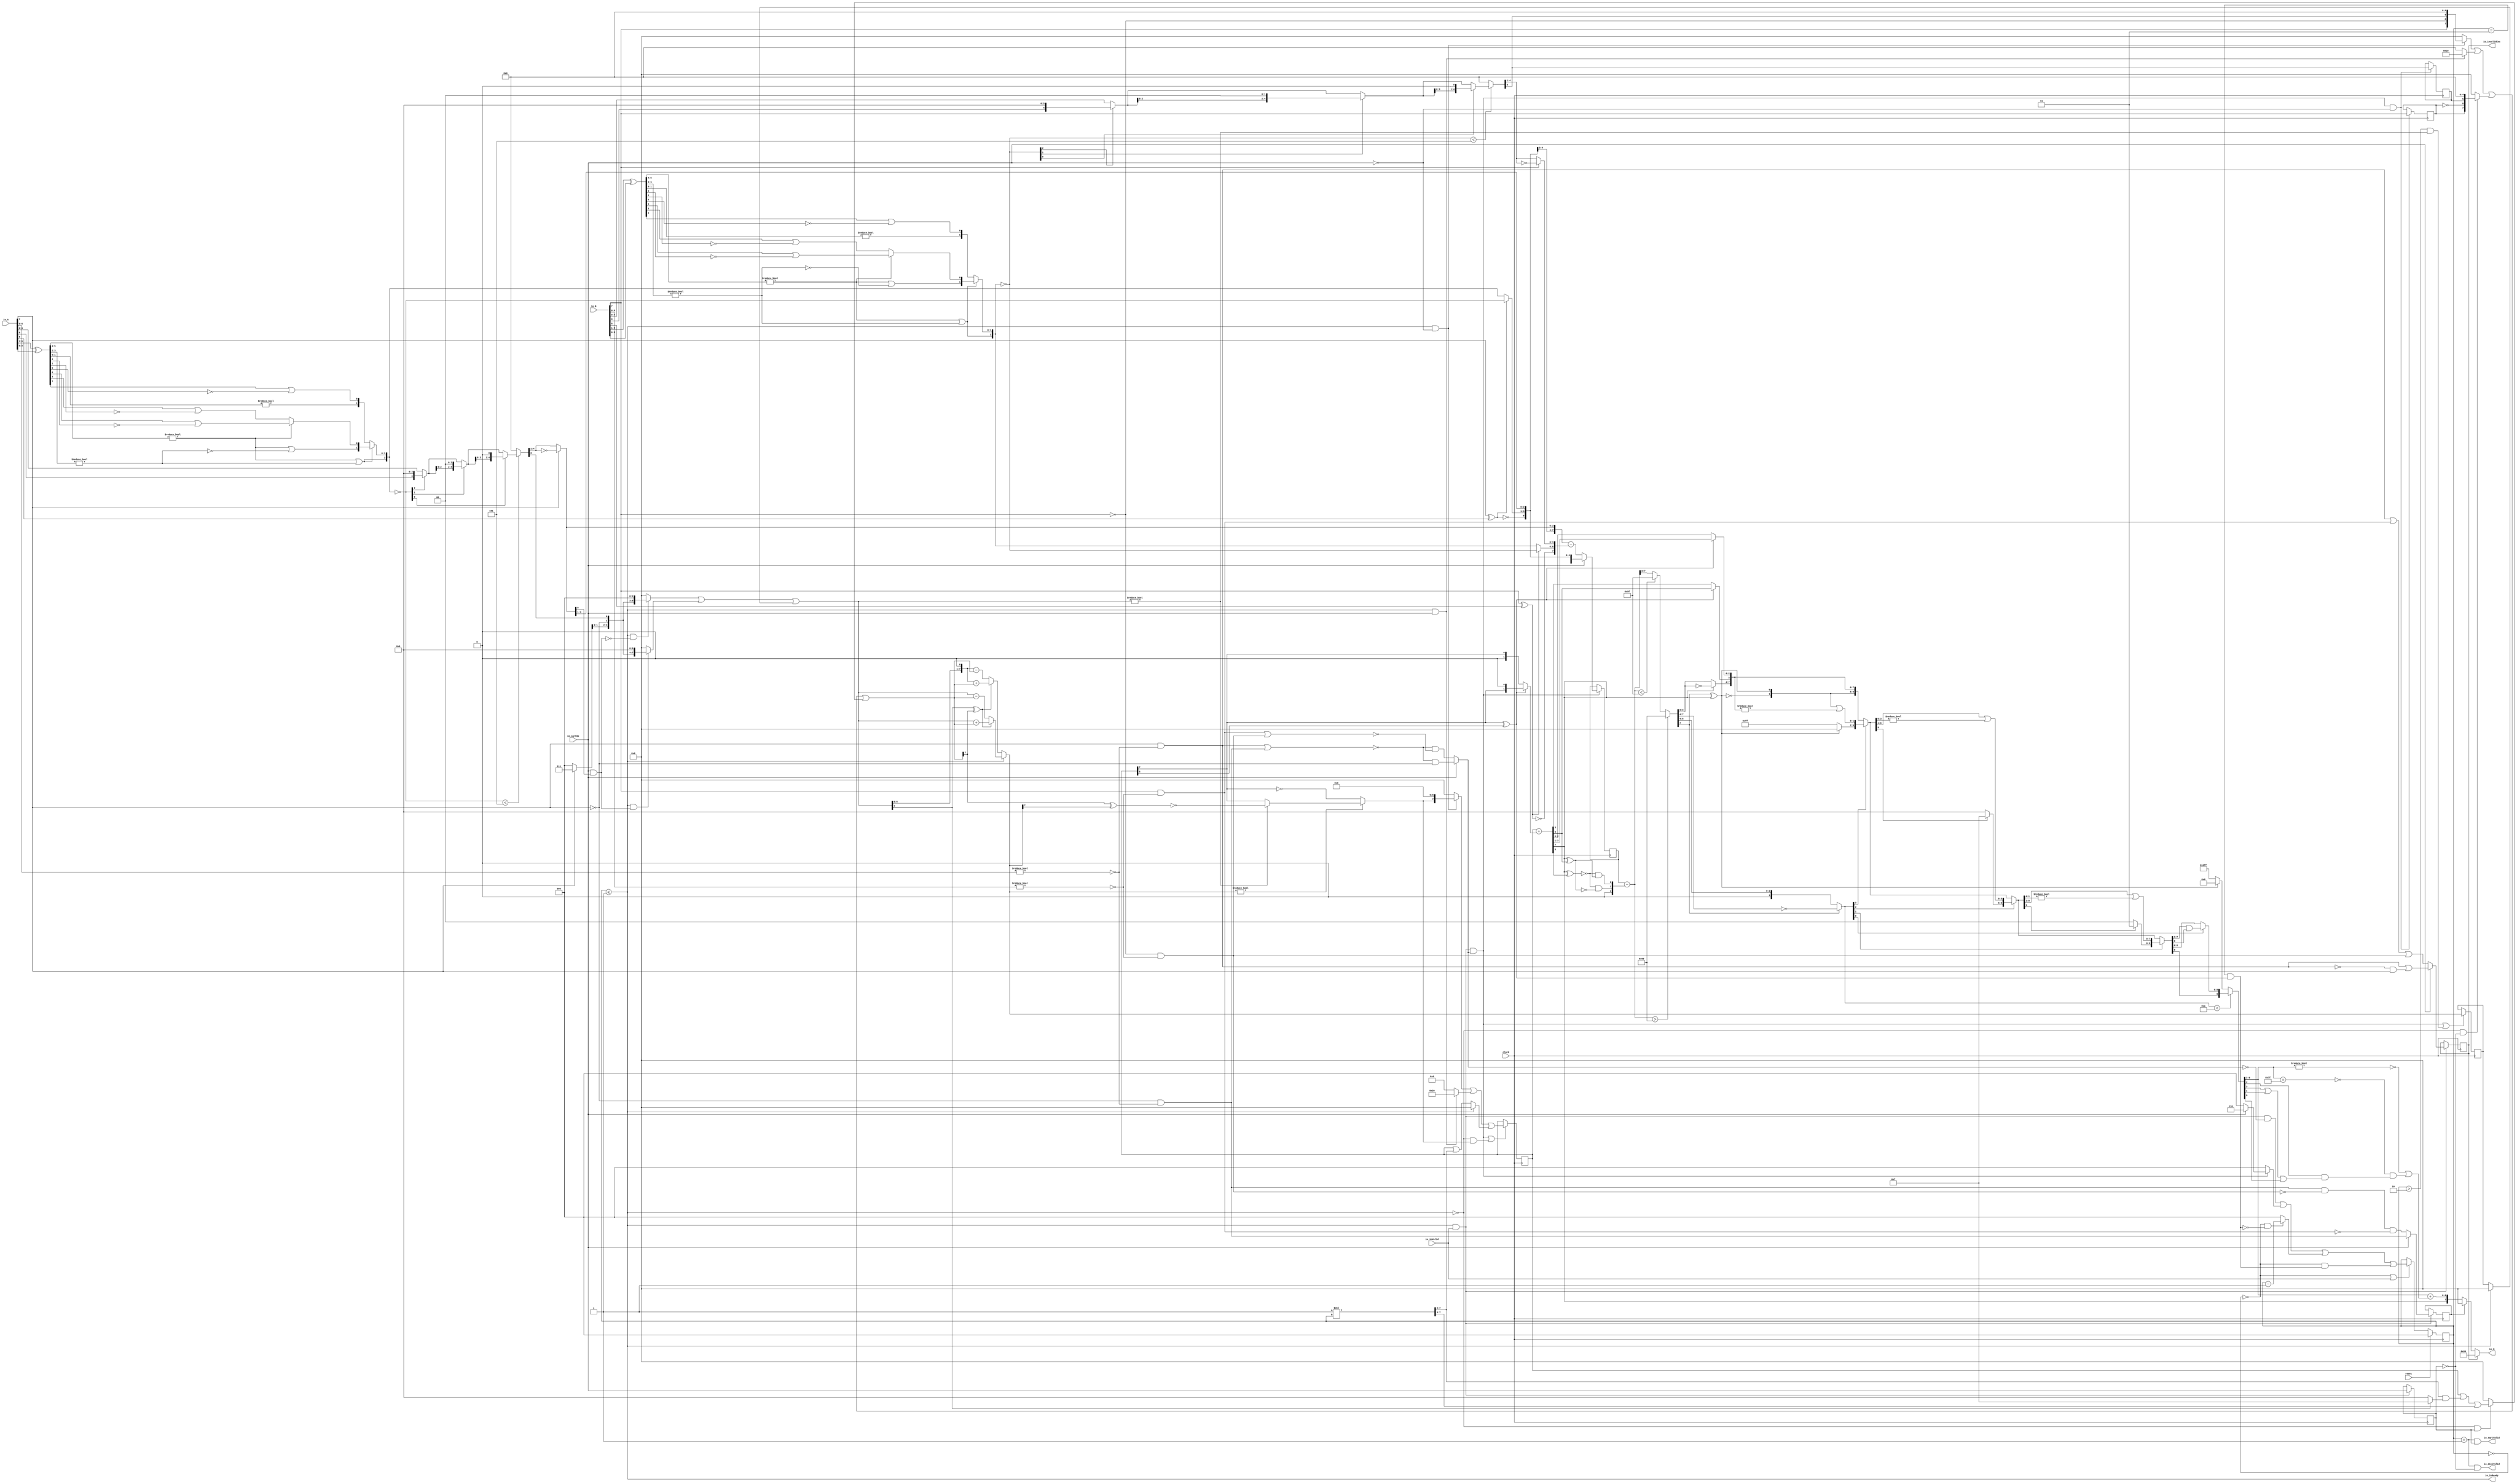
module PositDivSqrter8_4(
  input        clock,
  input        reset,
  output       io_inReady,
  input        io_inValid,
  input        io_sqrtOp,
  input  [7:0] io_A,
  input  [7:0] io_B,
  output       io_diviValid,
  output       io_sqrtValid,
  output       io_invalidExc,
  output [7:0] io_Q
);
  reg [2:0] cycleNum; // @[PositDivisionSqrt.scala 63:26]
  reg [31:0] _RAND_0;
  reg  sqrtOp_Z; // @[PositDivisionSqrt.scala 65:22]
  reg [31:0] _RAND_1;
  reg  isNaR_Z; // @[PositDivisionSqrt.scala 66:22]
  reg [31:0] _RAND_2;
  reg  isZero_Z; // @[PositDivisionSqrt.scala 67:22]
  reg [31:0] _RAND_3;
  reg [8:0] scale_Z; // @[PositDivisionSqrt.scala 68:22]
  reg [31:0] _RAND_4;
  reg  signB_Z; // @[PositDivisionSqrt.scala 69:28]
  reg [31:0] _RAND_5;
  reg  fractB_Z; // @[PositDivisionSqrt.scala 70:22]
  reg [31:0] _RAND_6;
  reg [7:0] rem_Z; // @[PositDivisionSqrt.scala 71:22]
  reg [31:0] _RAND_7;
  reg [7:0] sigX_Z; // @[PositDivisionSqrt.scala 72:22]
  reg [31:0] _RAND_8;
  wire  _T_1; // @[convert.scala 18:24]
  wire  _T_2; // @[convert.scala 18:40]
  wire  _T_3; // @[convert.scala 18:36]
  wire [5:0] _T_4; // @[convert.scala 19:24]
  wire [5:0] _T_5; // @[convert.scala 19:43]
  wire [5:0] _T_6; // @[convert.scala 19:39]
  wire [3:0] _T_7; // @[LZD.scala 43:32]
  wire [1:0] _T_8; // @[LZD.scala 43:32]
  wire  _T_9; // @[LZD.scala 39:14]
  wire  _T_10; // @[LZD.scala 39:21]
  wire  _T_11; // @[LZD.scala 39:30]
  wire  _T_12; // @[LZD.scala 39:27]
  wire  _T_13; // @[LZD.scala 39:25]
  wire [1:0] _T_14; // @[Cat.scala 29:58]
  wire [1:0] _T_15; // @[LZD.scala 44:32]
  wire  _T_16; // @[LZD.scala 39:14]
  wire  _T_17; // @[LZD.scala 39:21]
  wire  _T_18; // @[LZD.scala 39:30]
  wire  _T_19; // @[LZD.scala 39:27]
  wire  _T_20; // @[LZD.scala 39:25]
  wire [1:0] _T_21; // @[Cat.scala 29:58]
  wire  _T_22; // @[Shift.scala 12:21]
  wire  _T_23; // @[Shift.scala 12:21]
  wire  _T_24; // @[LZD.scala 49:16]
  wire  _T_25; // @[LZD.scala 49:27]
  wire  _T_26; // @[LZD.scala 49:25]
  wire  _T_27; // @[LZD.scala 49:47]
  wire  _T_28; // @[LZD.scala 49:59]
  wire  _T_29; // @[LZD.scala 49:35]
  wire [2:0] _T_31; // @[Cat.scala 29:58]
  wire [1:0] _T_32; // @[LZD.scala 44:32]
  wire  _T_33; // @[LZD.scala 39:14]
  wire  _T_34; // @[LZD.scala 39:21]
  wire  _T_35; // @[LZD.scala 39:30]
  wire  _T_36; // @[LZD.scala 39:27]
  wire  _T_37; // @[LZD.scala 39:25]
  wire [1:0] _T_38; // @[Cat.scala 29:58]
  wire  _T_39; // @[Shift.scala 12:21]
  wire [1:0] _T_41; // @[LZD.scala 55:32]
  wire [1:0] _T_42; // @[LZD.scala 55:20]
  wire [2:0] _T_43; // @[Cat.scala 29:58]
  wire [2:0] _T_44; // @[convert.scala 21:22]
  wire [4:0] _T_45; // @[convert.scala 22:36]
  wire  _T_46; // @[Shift.scala 16:24]
  wire  _T_48; // @[Shift.scala 12:21]
  wire  _T_49; // @[Shift.scala 64:52]
  wire [4:0] _T_51; // @[Cat.scala 29:58]
  wire [4:0] _T_52; // @[Shift.scala 64:27]
  wire [1:0] _T_53; // @[Shift.scala 66:70]
  wire  _T_54; // @[Shift.scala 12:21]
  wire [2:0] _T_55; // @[Shift.scala 64:52]
  wire [4:0] _T_57; // @[Cat.scala 29:58]
  wire [4:0] _T_58; // @[Shift.scala 64:27]
  wire  _T_59; // @[Shift.scala 66:70]
  wire [3:0] _T_61; // @[Shift.scala 64:52]
  wire [4:0] _T_62; // @[Cat.scala 29:58]
  wire [4:0] _T_63; // @[Shift.scala 64:27]
  wire [4:0] _T_64; // @[Shift.scala 16:10]
  wire [3:0] _T_65; // @[convert.scala 23:34]
  wire  decA_fraction; // @[convert.scala 24:34]
  wire  _T_67; // @[convert.scala 25:26]
  wire [2:0] _T_69; // @[convert.scala 25:42]
  wire [3:0] _T_72; // @[convert.scala 26:67]
  wire [3:0] _T_73; // @[convert.scala 26:51]
  wire [7:0] _T_74; // @[Cat.scala 29:58]
  wire [6:0] _T_76; // @[convert.scala 29:56]
  wire  _T_77; // @[convert.scala 29:60]
  wire  _T_78; // @[convert.scala 29:41]
  wire  decA_isNaR; // @[convert.scala 29:39]
  wire  _T_81; // @[convert.scala 30:19]
  wire  decA_isZero; // @[convert.scala 30:41]
  wire [7:0] decA_scale; // @[convert.scala 32:24]
  wire  _T_90; // @[convert.scala 18:24]
  wire  _T_91; // @[convert.scala 18:40]
  wire  _T_92; // @[convert.scala 18:36]
  wire [5:0] _T_93; // @[convert.scala 19:24]
  wire [5:0] _T_94; // @[convert.scala 19:43]
  wire [5:0] _T_95; // @[convert.scala 19:39]
  wire [3:0] _T_96; // @[LZD.scala 43:32]
  wire [1:0] _T_97; // @[LZD.scala 43:32]
  wire  _T_98; // @[LZD.scala 39:14]
  wire  _T_99; // @[LZD.scala 39:21]
  wire  _T_100; // @[LZD.scala 39:30]
  wire  _T_101; // @[LZD.scala 39:27]
  wire  _T_102; // @[LZD.scala 39:25]
  wire [1:0] _T_103; // @[Cat.scala 29:58]
  wire [1:0] _T_104; // @[LZD.scala 44:32]
  wire  _T_105; // @[LZD.scala 39:14]
  wire  _T_106; // @[LZD.scala 39:21]
  wire  _T_107; // @[LZD.scala 39:30]
  wire  _T_108; // @[LZD.scala 39:27]
  wire  _T_109; // @[LZD.scala 39:25]
  wire [1:0] _T_110; // @[Cat.scala 29:58]
  wire  _T_111; // @[Shift.scala 12:21]
  wire  _T_112; // @[Shift.scala 12:21]
  wire  _T_113; // @[LZD.scala 49:16]
  wire  _T_114; // @[LZD.scala 49:27]
  wire  _T_115; // @[LZD.scala 49:25]
  wire  _T_116; // @[LZD.scala 49:47]
  wire  _T_117; // @[LZD.scala 49:59]
  wire  _T_118; // @[LZD.scala 49:35]
  wire [2:0] _T_120; // @[Cat.scala 29:58]
  wire [1:0] _T_121; // @[LZD.scala 44:32]
  wire  _T_122; // @[LZD.scala 39:14]
  wire  _T_123; // @[LZD.scala 39:21]
  wire  _T_124; // @[LZD.scala 39:30]
  wire  _T_125; // @[LZD.scala 39:27]
  wire  _T_126; // @[LZD.scala 39:25]
  wire [1:0] _T_127; // @[Cat.scala 29:58]
  wire  _T_128; // @[Shift.scala 12:21]
  wire [1:0] _T_130; // @[LZD.scala 55:32]
  wire [1:0] _T_131; // @[LZD.scala 55:20]
  wire [2:0] _T_132; // @[Cat.scala 29:58]
  wire [2:0] _T_133; // @[convert.scala 21:22]
  wire [4:0] _T_134; // @[convert.scala 22:36]
  wire  _T_135; // @[Shift.scala 16:24]
  wire  _T_137; // @[Shift.scala 12:21]
  wire  _T_138; // @[Shift.scala 64:52]
  wire [4:0] _T_140; // @[Cat.scala 29:58]
  wire [4:0] _T_141; // @[Shift.scala 64:27]
  wire [1:0] _T_142; // @[Shift.scala 66:70]
  wire  _T_143; // @[Shift.scala 12:21]
  wire [2:0] _T_144; // @[Shift.scala 64:52]
  wire [4:0] _T_146; // @[Cat.scala 29:58]
  wire [4:0] _T_147; // @[Shift.scala 64:27]
  wire  _T_148; // @[Shift.scala 66:70]
  wire [3:0] _T_150; // @[Shift.scala 64:52]
  wire [4:0] _T_151; // @[Cat.scala 29:58]
  wire [4:0] _T_152; // @[Shift.scala 64:27]
  wire [4:0] _T_153; // @[Shift.scala 16:10]
  wire [3:0] _T_154; // @[convert.scala 23:34]
  wire  decB_fraction; // @[convert.scala 24:34]
  wire  _T_156; // @[convert.scala 25:26]
  wire [2:0] _T_158; // @[convert.scala 25:42]
  wire [3:0] _T_161; // @[convert.scala 26:67]
  wire [3:0] _T_162; // @[convert.scala 26:51]
  wire [7:0] _T_163; // @[Cat.scala 29:58]
  wire [6:0] _T_165; // @[convert.scala 29:56]
  wire  _T_166; // @[convert.scala 29:60]
  wire  _T_167; // @[convert.scala 29:41]
  wire  decB_isNaR; // @[convert.scala 29:39]
  wire  _T_170; // @[convert.scala 30:19]
  wire  decB_isZero; // @[convert.scala 30:41]
  wire [7:0] decB_scale; // @[convert.scala 32:24]
  wire [2:0] _T_179; // @[Bitwise.scala 71:12]
  wire  _T_180; // @[PositDivisionSqrt.scala 80:40]
  wire [7:0] sigA_S; // @[Cat.scala 29:58]
  wire  _T_183; // @[PositDivisionSqrt.scala 82:31]
  wire [7:0] sigB_S; // @[Cat.scala 29:58]
  wire  _T_186; // @[PositDivisionSqrt.scala 85:25]
  wire  invalidSqrt; // @[PositDivisionSqrt.scala 85:37]
  wire  _T_187; // @[PositDivisionSqrt.scala 88:42]
  wire  _T_188; // @[PositDivisionSqrt.scala 89:42]
  wire  _T_189; // @[PositDivisionSqrt.scala 89:56]
  wire  _T_190; // @[PositDivisionSqrt.scala 94:46]
  wire  _T_191; // @[PositDivisionSqrt.scala 94:43]
  wire  _T_192; // @[PositDivisionSqrt.scala 94:62]
  wire  _T_193; // @[PositDivisionSqrt.scala 94:59]
  wire  specialCaseA_S; // @[PositDivisionSqrt.scala 97:38]
  wire  specialCaseB_S; // @[PositDivisionSqrt.scala 98:38]
  wire  _T_194; // @[PositDivisionSqrt.scala 99:27]
  wire  _T_195; // @[PositDivisionSqrt.scala 99:46]
  wire  normalCase_S_div; // @[PositDivisionSqrt.scala 99:43]
  wire  normalCase_S_sqrt; // @[PositDivisionSqrt.scala 100:43]
  wire  normalCase_S; // @[PositDivisionSqrt.scala 101:30]
  wire [8:0] sExpQuot_S_div; // @[PositDivisionSqrt.scala 103:38]
  wire  _T_198; // @[PositDivisionSqrt.scala 104:50]
  wire  oddSqrt_S; // @[PositDivisionSqrt.scala 104:37]
  wire  idle; // @[PositDivisionSqrt.scala 109:39]
  wire  ready; // @[PositDivisionSqrt.scala 110:39]
  wire  entering; // @[PositDivisionSqrt.scala 111:35]
  wire  entering_normalCase; // @[PositDivisionSqrt.scala 112:38]
  wire  _T_199; // @[PositDivisionSqrt.scala 113:35]
  wire  _T_200; // @[PositDivisionSqrt.scala 113:58]
  wire  scaleNotChange; // @[PositDivisionSqrt.scala 113:50]
  wire  _T_201; // @[PositDivisionSqrt.scala 114:39]
  wire  skipCycle2; // @[PositDivisionSqrt.scala 114:48]
  wire  _T_202; // @[PositDivisionSqrt.scala 116:8]
  wire  _T_203; // @[PositDivisionSqrt.scala 116:14]
  wire  _T_204; // @[PositDivisionSqrt.scala 117:32]
  wire  _T_205; // @[PositDivisionSqrt.scala 117:30]
  wire [3:0] _T_207; // @[PositDivisionSqrt.scala 119:26]
  wire [3:0] _T_208; // @[PositDivisionSqrt.scala 118:20]
  wire [3:0] _GEN_9; // @[PositDivisionSqrt.scala 117:64]
  wire [3:0] _T_209; // @[PositDivisionSqrt.scala 117:64]
  wire  _T_211; // @[PositDivisionSqrt.scala 123:30]
  wire  _T_212; // @[PositDivisionSqrt.scala 123:27]
  wire [2:0] _T_214; // @[PositDivisionSqrt.scala 123:52]
  wire [2:0] _T_215; // @[PositDivisionSqrt.scala 123:20]
  wire [3:0] _GEN_10; // @[PositDivisionSqrt.scala 122:64]
  wire [3:0] _T_216; // @[PositDivisionSqrt.scala 122:64]
  wire  _T_218; // @[PositDivisionSqrt.scala 124:27]
  wire [3:0] _GEN_11; // @[PositDivisionSqrt.scala 123:64]
  wire [3:0] _T_220; // @[PositDivisionSqrt.scala 123:64]
  wire [3:0] _GEN_0; // @[PositDivisionSqrt.scala 116:29]
  wire [6:0] _T_221; // @[PositDivisionSqrt.scala 134:42]
  wire  _T_223; // @[PositDivisionSqrt.scala 137:31]
  wire  _T_224; // @[PositDivisionSqrt.scala 137:28]
  wire [7:0] _T_225; // @[PositDivisionSqrt.scala 146:22]
  wire [5:0] _T_226; // @[PositDivisionSqrt.scala 146:35]
  wire  _T_227; // @[PositDivisionSqrt.scala 148:26]
  wire  _T_228; // @[PositDivisionSqrt.scala 148:23]
  wire [7:0] _T_229; // @[PositDivisionSqrt.scala 148:16]
  wire  _T_230; // @[PositDivisionSqrt.scala 149:23]
  wire [8:0] _T_231; // @[PositDivisionSqrt.scala 149:46]
  wire [7:0] _T_232; // @[PositDivisionSqrt.scala 149:56]
  wire [7:0] _T_233; // @[PositDivisionSqrt.scala 149:16]
  wire [7:0] _T_234; // @[PositDivisionSqrt.scala 148:66]
  wire  _T_235; // @[PositDivisionSqrt.scala 150:17]
  wire [7:0] _T_236; // @[PositDivisionSqrt.scala 150:16]
  wire [7:0] rem; // @[PositDivisionSqrt.scala 149:66]
  wire  _T_238; // @[PositDivisionSqrt.scala 152:29]
  wire [7:0] _T_239; // @[PositDivisionSqrt.scala 152:22]
  wire  _T_240; // @[PositDivisionSqrt.scala 153:29]
  wire [4:0] _T_241; // @[PositDivisionSqrt.scala 153:22]
  wire [7:0] _GEN_12; // @[PositDivisionSqrt.scala 152:93]
  wire [7:0] _T_242; // @[PositDivisionSqrt.scala 152:93]
  wire  _T_244; // @[PositDivisionSqrt.scala 154:33]
  wire  _T_245; // @[PositDivisionSqrt.scala 154:30]
  wire  _T_246; // @[PositDivisionSqrt.scala 154:57]
  wire [7:0] _T_249; // @[Cat.scala 29:58]
  wire [7:0] _T_250; // @[PositDivisionSqrt.scala 154:22]
  wire [7:0] _T_251; // @[PositDivisionSqrt.scala 153:93]
  wire  _T_253; // @[PositDivisionSqrt.scala 155:30]
  wire  _T_254; // @[PositDivisionSqrt.scala 156:83]
  wire [3:0] _T_256; // @[Bitwise.scala 71:12]
  wire [6:0] bitMask; // @[PositDivisionSqrt.scala 145:21 PositDivisionSqrt.scala 146:14]
  wire [6:0] _GEN_13; // @[PositDivisionSqrt.scala 156:53]
  wire [6:0] _T_257; // @[PositDivisionSqrt.scala 156:53]
  wire [7:0] _GEN_14; // @[PositDivisionSqrt.scala 155:51]
  wire [7:0] _T_258; // @[PositDivisionSqrt.scala 155:51]
  wire [5:0] _T_259; // @[PositDivisionSqrt.scala 157:53]
  wire [7:0] _GEN_15; // @[PositDivisionSqrt.scala 156:89]
  wire [7:0] _T_260; // @[PositDivisionSqrt.scala 156:89]
  wire [7:0] _T_261; // @[PositDivisionSqrt.scala 155:22]
  wire [7:0] trialTerm; // @[PositDivisionSqrt.scala 154:93]
  wire  _T_263; // @[PositDivisionSqrt.scala 162:56]
  wire  _T_264; // @[PositDivisionSqrt.scala 162:40]
  wire [7:0] _T_267; // @[PositDivisionSqrt.scala 163:97]
  wire [7:0] _T_269; // @[PositDivisionSqrt.scala 164:97]
  wire [7:0] _T_270; // @[PositDivisionSqrt.scala 161:92]
  wire [8:0] _T_275; // @[PositDivisionSqrt.scala 168:98]
  wire [7:0] _T_276; // @[PositDivisionSqrt.scala 168:108]
  wire [7:0] _T_278; // @[PositDivisionSqrt.scala 168:112]
  wire [7:0] _T_282; // @[PositDivisionSqrt.scala 169:112]
  wire [7:0] _T_283; // @[PositDivisionSqrt.scala 166:26]
  wire [7:0] trialRem; // @[PositDivisionSqrt.scala 159:27]
  wire  _T_284; // @[PositDivisionSqrt.scala 173:35]
  wire  trIsZero; // @[PositDivisionSqrt.scala 173:25]
  wire  _T_285; // @[PositDivisionSqrt.scala 174:30]
  wire  remIsZero; // @[PositDivisionSqrt.scala 174:25]
  wire  _T_287; // @[PositDivisionSqrt.scala 176:64]
  wire  _T_288; // @[PositDivisionSqrt.scala 176:49]
  wire  _T_289; // @[PositDivisionSqrt.scala 176:29]
  wire  _T_290; // @[PositDivisionSqrt.scala 178:61]
  wire  _T_291; // @[PositDivisionSqrt.scala 178:49]
  wire  _T_293; // @[Mux.scala 87:16]
  wire  newBit; // @[Mux.scala 87:16]
  wire  _T_294; // @[PositDivisionSqrt.scala 183:41]
  wire  _T_295; // @[PositDivisionSqrt.scala 183:51]
  wire  _T_296; // @[PositDivisionSqrt.scala 183:48]
  wire  _T_297; // @[PositDivisionSqrt.scala 183:28]
  wire  _T_300; // @[PositDivisionSqrt.scala 187:39]
  wire  _T_301; // @[PositDivisionSqrt.scala 187:28]
  wire [7:0] _T_304; // @[PositDivisionSqrt.scala 188:47]
  wire [7:0] _T_305; // @[PositDivisionSqrt.scala 188:18]
  wire [5:0] _T_307; // @[PositDivisionSqrt.scala 189:18]
  wire [7:0] _GEN_16; // @[PositDivisionSqrt.scala 188:78]
  wire [7:0] _T_308; // @[PositDivisionSqrt.scala 188:78]
  wire [7:0] _GEN_17; // @[PositDivisionSqrt.scala 190:47]
  wire [7:0] _T_310; // @[PositDivisionSqrt.scala 190:47]
  wire [7:0] _T_311; // @[PositDivisionSqrt.scala 190:18]
  wire [7:0] _T_312; // @[PositDivisionSqrt.scala 189:78]
  wire [1:0] _T_314; // @[PositDivisionSqrt.scala 196:53]
  wire [1:0] sigXBias; // @[PositDivisionSqrt.scala 196:21]
  wire [7:0] _GEN_18; // @[PositDivisionSqrt.scala 197:25]
  wire [7:0] realSigX; // @[PositDivisionSqrt.scala 197:25]
  wire  _T_317; // @[PositDivisionSqrt.scala 200:97]
  wire  _T_318; // @[PositDivisionSqrt.scala 201:97]
  wire  realFrac; // @[PositDivisionSqrt.scala 198:21]
  wire  _T_319; // @[PositDivisionSqrt.scala 205:33]
  wire  _T_320; // @[PositDivisionSqrt.scala 205:58]
  wire  _T_321; // @[PositDivisionSqrt.scala 205:48]
  wire  scaleNeedSub; // @[PositDivisionSqrt.scala 205:23]
  wire  notNeedSubTwo; // @[PositDivisionSqrt.scala 206:46]
  wire  scaleSubOne; // @[PositDivisionSqrt.scala 207:36]
  wire  _T_324; // @[PositDivisionSqrt.scala 208:38]
  wire  scaleSubTwo; // @[PositDivisionSqrt.scala 208:36]
  wire [1:0] _T_325; // @[Cat.scala 29:58]
  wire [2:0] _T_326; // @[PositDivisionSqrt.scala 209:63]
  wire [8:0] _GEN_19; // @[PositDivisionSqrt.scala 209:31]
  wire [8:0] _T_328; // @[PositDivisionSqrt.scala 209:31]
  wire [8:0] realExp; // @[PositDivisionSqrt.scala 209:31]
  wire  underflow; // @[PositDivisionSqrt.scala 210:31]
  wire  overflow; // @[PositDivisionSqrt.scala 211:31]
  wire  decQ_sign; // @[PositDivisionSqrt.scala 215:33]
  wire [8:0] _T_330; // @[Mux.scala 87:16]
  wire [8:0] _T_331; // @[Mux.scala 87:16]
  wire [2:0] _T_332; // @[PositDivisionSqrt.scala 224:48]
  wire [2:0] _T_333; // @[PositDivisionSqrt.scala 224:64]
  wire [2:0] decQ_grs; // @[PositDivisionSqrt.scala 224:23]
  wire  outValid; // @[PositDivisionSqrt.scala 229:28]
  wire [7:0] _GEN_20; // @[PositDivisionSqrt.scala 204:27 PositDivisionSqrt.scala 216:23]
  wire [7:0] decQ_scale; // @[PositDivisionSqrt.scala 204:27 PositDivisionSqrt.scala 216:23]
  wire [3:0] _T_339; // @[convert.scala 46:61]
  wire [3:0] _T_340; // @[convert.scala 46:52]
  wire [3:0] _T_342; // @[convert.scala 46:42]
  wire [3:0] _T_343; // @[convert.scala 48:34]
  wire  _T_344; // @[convert.scala 49:36]
  wire [3:0] _T_346; // @[convert.scala 50:36]
  wire [3:0] _T_347; // @[convert.scala 50:36]
  wire [3:0] _T_348; // @[convert.scala 50:28]
  wire  _T_349; // @[convert.scala 51:31]
  wire  _T_350; // @[convert.scala 52:43]
  wire [9:0] _T_354; // @[Cat.scala 29:58]
  wire [3:0] _T_355; // @[Shift.scala 39:17]
  wire  _T_356; // @[Shift.scala 39:24]
  wire [1:0] _T_358; // @[Shift.scala 90:30]
  wire [7:0] _T_359; // @[Shift.scala 90:48]
  wire  _T_360; // @[Shift.scala 90:57]
  wire [1:0] _GEN_21; // @[Shift.scala 90:39]
  wire [1:0] _T_361; // @[Shift.scala 90:39]
  wire  _T_362; // @[Shift.scala 12:21]
  wire  _T_363; // @[Shift.scala 12:21]
  wire [7:0] _T_365; // @[Bitwise.scala 71:12]
  wire [9:0] _T_366; // @[Cat.scala 29:58]
  wire [9:0] _T_367; // @[Shift.scala 91:22]
  wire [2:0] _T_368; // @[Shift.scala 92:77]
  wire [5:0] _T_369; // @[Shift.scala 90:30]
  wire [3:0] _T_370; // @[Shift.scala 90:48]
  wire  _T_371; // @[Shift.scala 90:57]
  wire [5:0] _GEN_22; // @[Shift.scala 90:39]
  wire [5:0] _T_372; // @[Shift.scala 90:39]
  wire  _T_373; // @[Shift.scala 12:21]
  wire  _T_374; // @[Shift.scala 12:21]
  wire [3:0] _T_376; // @[Bitwise.scala 71:12]
  wire [9:0] _T_377; // @[Cat.scala 29:58]
  wire [9:0] _T_378; // @[Shift.scala 91:22]
  wire [1:0] _T_379; // @[Shift.scala 92:77]
  wire [7:0] _T_380; // @[Shift.scala 90:30]
  wire [1:0] _T_381; // @[Shift.scala 90:48]
  wire  _T_382; // @[Shift.scala 90:57]
  wire [7:0] _GEN_23; // @[Shift.scala 90:39]
  wire [7:0] _T_383; // @[Shift.scala 90:39]
  wire  _T_384; // @[Shift.scala 12:21]
  wire  _T_385; // @[Shift.scala 12:21]
  wire [1:0] _T_387; // @[Bitwise.scala 71:12]
  wire [9:0] _T_388; // @[Cat.scala 29:58]
  wire [9:0] _T_389; // @[Shift.scala 91:22]
  wire  _T_390; // @[Shift.scala 92:77]
  wire [8:0] _T_391; // @[Shift.scala 90:30]
  wire  _T_392; // @[Shift.scala 90:48]
  wire [8:0] _GEN_24; // @[Shift.scala 90:39]
  wire [8:0] _T_394; // @[Shift.scala 90:39]
  wire  _T_396; // @[Shift.scala 12:21]
  wire [9:0] _T_397; // @[Cat.scala 29:58]
  wire [9:0] _T_398; // @[Shift.scala 91:22]
  wire [9:0] _T_401; // @[Bitwise.scala 71:12]
  wire [9:0] _T_402; // @[Shift.scala 39:10]
  wire  _T_403; // @[convert.scala 55:31]
  wire  _T_404; // @[convert.scala 56:31]
  wire  _T_405; // @[convert.scala 57:31]
  wire  _T_406; // @[convert.scala 58:31]
  wire [6:0] _T_407; // @[convert.scala 59:69]
  wire  _T_408; // @[convert.scala 59:81]
  wire  _T_409; // @[convert.scala 59:50]
  wire  _T_411; // @[convert.scala 60:81]
  wire  _T_412; // @[convert.scala 61:44]
  wire  _T_413; // @[convert.scala 61:52]
  wire  _T_414; // @[convert.scala 61:36]
  wire  _T_415; // @[convert.scala 62:63]
  wire  _T_416; // @[convert.scala 62:103]
  wire  _T_417; // @[convert.scala 62:60]
  wire [6:0] _GEN_25; // @[convert.scala 63:56]
  wire [6:0] _T_420; // @[convert.scala 63:56]
  wire [7:0] _T_421; // @[Cat.scala 29:58]
  wire [7:0] _T_423; // @[Mux.scala 87:16]
  assign _T_1 = io_A[7]; // @[convert.scala 18:24]
  assign _T_2 = io_A[6]; // @[convert.scala 18:40]
  assign _T_3 = _T_1 ^ _T_2; // @[convert.scala 18:36]
  assign _T_4 = io_A[6:1]; // @[convert.scala 19:24]
  assign _T_5 = io_A[5:0]; // @[convert.scala 19:43]
  assign _T_6 = _T_4 ^ _T_5; // @[convert.scala 19:39]
  assign _T_7 = _T_6[5:2]; // @[LZD.scala 43:32]
  assign _T_8 = _T_7[3:2]; // @[LZD.scala 43:32]
  assign _T_9 = _T_8 != 2'h0; // @[LZD.scala 39:14]
  assign _T_10 = _T_8[1]; // @[LZD.scala 39:21]
  assign _T_11 = _T_8[0]; // @[LZD.scala 39:30]
  assign _T_12 = ~ _T_11; // @[LZD.scala 39:27]
  assign _T_13 = _T_10 | _T_12; // @[LZD.scala 39:25]
  assign _T_14 = {_T_9,_T_13}; // @[Cat.scala 29:58]
  assign _T_15 = _T_7[1:0]; // @[LZD.scala 44:32]
  assign _T_16 = _T_15 != 2'h0; // @[LZD.scala 39:14]
  assign _T_17 = _T_15[1]; // @[LZD.scala 39:21]
  assign _T_18 = _T_15[0]; // @[LZD.scala 39:30]
  assign _T_19 = ~ _T_18; // @[LZD.scala 39:27]
  assign _T_20 = _T_17 | _T_19; // @[LZD.scala 39:25]
  assign _T_21 = {_T_16,_T_20}; // @[Cat.scala 29:58]
  assign _T_22 = _T_14[1]; // @[Shift.scala 12:21]
  assign _T_23 = _T_21[1]; // @[Shift.scala 12:21]
  assign _T_24 = _T_22 | _T_23; // @[LZD.scala 49:16]
  assign _T_25 = ~ _T_23; // @[LZD.scala 49:27]
  assign _T_26 = _T_22 | _T_25; // @[LZD.scala 49:25]
  assign _T_27 = _T_14[0:0]; // @[LZD.scala 49:47]
  assign _T_28 = _T_21[0:0]; // @[LZD.scala 49:59]
  assign _T_29 = _T_22 ? _T_27 : _T_28; // @[LZD.scala 49:35]
  assign _T_31 = {_T_24,_T_26,_T_29}; // @[Cat.scala 29:58]
  assign _T_32 = _T_6[1:0]; // @[LZD.scala 44:32]
  assign _T_33 = _T_32 != 2'h0; // @[LZD.scala 39:14]
  assign _T_34 = _T_32[1]; // @[LZD.scala 39:21]
  assign _T_35 = _T_32[0]; // @[LZD.scala 39:30]
  assign _T_36 = ~ _T_35; // @[LZD.scala 39:27]
  assign _T_37 = _T_34 | _T_36; // @[LZD.scala 39:25]
  assign _T_38 = {_T_33,_T_37}; // @[Cat.scala 29:58]
  assign _T_39 = _T_31[2]; // @[Shift.scala 12:21]
  assign _T_41 = _T_31[1:0]; // @[LZD.scala 55:32]
  assign _T_42 = _T_39 ? _T_41 : _T_38; // @[LZD.scala 55:20]
  assign _T_43 = {_T_39,_T_42}; // @[Cat.scala 29:58]
  assign _T_44 = ~ _T_43; // @[convert.scala 21:22]
  assign _T_45 = io_A[4:0]; // @[convert.scala 22:36]
  assign _T_46 = _T_44 < 3'h5; // @[Shift.scala 16:24]
  assign _T_48 = _T_44[2]; // @[Shift.scala 12:21]
  assign _T_49 = _T_45[0:0]; // @[Shift.scala 64:52]
  assign _T_51 = {_T_49,4'h0}; // @[Cat.scala 29:58]
  assign _T_52 = _T_48 ? _T_51 : _T_45; // @[Shift.scala 64:27]
  assign _T_53 = _T_44[1:0]; // @[Shift.scala 66:70]
  assign _T_54 = _T_53[1]; // @[Shift.scala 12:21]
  assign _T_55 = _T_52[2:0]; // @[Shift.scala 64:52]
  assign _T_57 = {_T_55,2'h0}; // @[Cat.scala 29:58]
  assign _T_58 = _T_54 ? _T_57 : _T_52; // @[Shift.scala 64:27]
  assign _T_59 = _T_53[0:0]; // @[Shift.scala 66:70]
  assign _T_61 = _T_58[3:0]; // @[Shift.scala 64:52]
  assign _T_62 = {_T_61,1'h0}; // @[Cat.scala 29:58]
  assign _T_63 = _T_59 ? _T_62 : _T_58; // @[Shift.scala 64:27]
  assign _T_64 = _T_46 ? _T_63 : 5'h0; // @[Shift.scala 16:10]
  assign _T_65 = _T_64[4:1]; // @[convert.scala 23:34]
  assign decA_fraction = _T_64[0:0]; // @[convert.scala 24:34]
  assign _T_67 = _T_3 == 1'h0; // @[convert.scala 25:26]
  assign _T_69 = _T_3 ? _T_44 : _T_43; // @[convert.scala 25:42]
  assign _T_72 = ~ _T_65; // @[convert.scala 26:67]
  assign _T_73 = _T_1 ? _T_72 : _T_65; // @[convert.scala 26:51]
  assign _T_74 = {_T_67,_T_69,_T_73}; // @[Cat.scala 29:58]
  assign _T_76 = io_A[6:0]; // @[convert.scala 29:56]
  assign _T_77 = _T_76 != 7'h0; // @[convert.scala 29:60]
  assign _T_78 = ~ _T_77; // @[convert.scala 29:41]
  assign decA_isNaR = _T_1 & _T_78; // @[convert.scala 29:39]
  assign _T_81 = _T_1 == 1'h0; // @[convert.scala 30:19]
  assign decA_isZero = _T_81 & _T_78; // @[convert.scala 30:41]
  assign decA_scale = $signed(_T_74); // @[convert.scala 32:24]
  assign _T_90 = io_B[7]; // @[convert.scala 18:24]
  assign _T_91 = io_B[6]; // @[convert.scala 18:40]
  assign _T_92 = _T_90 ^ _T_91; // @[convert.scala 18:36]
  assign _T_93 = io_B[6:1]; // @[convert.scala 19:24]
  assign _T_94 = io_B[5:0]; // @[convert.scala 19:43]
  assign _T_95 = _T_93 ^ _T_94; // @[convert.scala 19:39]
  assign _T_96 = _T_95[5:2]; // @[LZD.scala 43:32]
  assign _T_97 = _T_96[3:2]; // @[LZD.scala 43:32]
  assign _T_98 = _T_97 != 2'h0; // @[LZD.scala 39:14]
  assign _T_99 = _T_97[1]; // @[LZD.scala 39:21]
  assign _T_100 = _T_97[0]; // @[LZD.scala 39:30]
  assign _T_101 = ~ _T_100; // @[LZD.scala 39:27]
  assign _T_102 = _T_99 | _T_101; // @[LZD.scala 39:25]
  assign _T_103 = {_T_98,_T_102}; // @[Cat.scala 29:58]
  assign _T_104 = _T_96[1:0]; // @[LZD.scala 44:32]
  assign _T_105 = _T_104 != 2'h0; // @[LZD.scala 39:14]
  assign _T_106 = _T_104[1]; // @[LZD.scala 39:21]
  assign _T_107 = _T_104[0]; // @[LZD.scala 39:30]
  assign _T_108 = ~ _T_107; // @[LZD.scala 39:27]
  assign _T_109 = _T_106 | _T_108; // @[LZD.scala 39:25]
  assign _T_110 = {_T_105,_T_109}; // @[Cat.scala 29:58]
  assign _T_111 = _T_103[1]; // @[Shift.scala 12:21]
  assign _T_112 = _T_110[1]; // @[Shift.scala 12:21]
  assign _T_113 = _T_111 | _T_112; // @[LZD.scala 49:16]
  assign _T_114 = ~ _T_112; // @[LZD.scala 49:27]
  assign _T_115 = _T_111 | _T_114; // @[LZD.scala 49:25]
  assign _T_116 = _T_103[0:0]; // @[LZD.scala 49:47]
  assign _T_117 = _T_110[0:0]; // @[LZD.scala 49:59]
  assign _T_118 = _T_111 ? _T_116 : _T_117; // @[LZD.scala 49:35]
  assign _T_120 = {_T_113,_T_115,_T_118}; // @[Cat.scala 29:58]
  assign _T_121 = _T_95[1:0]; // @[LZD.scala 44:32]
  assign _T_122 = _T_121 != 2'h0; // @[LZD.scala 39:14]
  assign _T_123 = _T_121[1]; // @[LZD.scala 39:21]
  assign _T_124 = _T_121[0]; // @[LZD.scala 39:30]
  assign _T_125 = ~ _T_124; // @[LZD.scala 39:27]
  assign _T_126 = _T_123 | _T_125; // @[LZD.scala 39:25]
  assign _T_127 = {_T_122,_T_126}; // @[Cat.scala 29:58]
  assign _T_128 = _T_120[2]; // @[Shift.scala 12:21]
  assign _T_130 = _T_120[1:0]; // @[LZD.scala 55:32]
  assign _T_131 = _T_128 ? _T_130 : _T_127; // @[LZD.scala 55:20]
  assign _T_132 = {_T_128,_T_131}; // @[Cat.scala 29:58]
  assign _T_133 = ~ _T_132; // @[convert.scala 21:22]
  assign _T_134 = io_B[4:0]; // @[convert.scala 22:36]
  assign _T_135 = _T_133 < 3'h5; // @[Shift.scala 16:24]
  assign _T_137 = _T_133[2]; // @[Shift.scala 12:21]
  assign _T_138 = _T_134[0:0]; // @[Shift.scala 64:52]
  assign _T_140 = {_T_138,4'h0}; // @[Cat.scala 29:58]
  assign _T_141 = _T_137 ? _T_140 : _T_134; // @[Shift.scala 64:27]
  assign _T_142 = _T_133[1:0]; // @[Shift.scala 66:70]
  assign _T_143 = _T_142[1]; // @[Shift.scala 12:21]
  assign _T_144 = _T_141[2:0]; // @[Shift.scala 64:52]
  assign _T_146 = {_T_144,2'h0}; // @[Cat.scala 29:58]
  assign _T_147 = _T_143 ? _T_146 : _T_141; // @[Shift.scala 64:27]
  assign _T_148 = _T_142[0:0]; // @[Shift.scala 66:70]
  assign _T_150 = _T_147[3:0]; // @[Shift.scala 64:52]
  assign _T_151 = {_T_150,1'h0}; // @[Cat.scala 29:58]
  assign _T_152 = _T_148 ? _T_151 : _T_147; // @[Shift.scala 64:27]
  assign _T_153 = _T_135 ? _T_152 : 5'h0; // @[Shift.scala 16:10]
  assign _T_154 = _T_153[4:1]; // @[convert.scala 23:34]
  assign decB_fraction = _T_153[0:0]; // @[convert.scala 24:34]
  assign _T_156 = _T_92 == 1'h0; // @[convert.scala 25:26]
  assign _T_158 = _T_92 ? _T_133 : _T_132; // @[convert.scala 25:42]
  assign _T_161 = ~ _T_154; // @[convert.scala 26:67]
  assign _T_162 = _T_90 ? _T_161 : _T_154; // @[convert.scala 26:51]
  assign _T_163 = {_T_156,_T_158,_T_162}; // @[Cat.scala 29:58]
  assign _T_165 = io_B[6:0]; // @[convert.scala 29:56]
  assign _T_166 = _T_165 != 7'h0; // @[convert.scala 29:60]
  assign _T_167 = ~ _T_166; // @[convert.scala 29:41]
  assign decB_isNaR = _T_90 & _T_167; // @[convert.scala 29:39]
  assign _T_170 = _T_90 == 1'h0; // @[convert.scala 30:19]
  assign decB_isZero = _T_170 & _T_167; // @[convert.scala 30:41]
  assign decB_scale = $signed(_T_163); // @[convert.scala 32:24]
  assign _T_179 = _T_1 ? 3'h7 : 3'h0; // @[Bitwise.scala 71:12]
  assign _T_180 = ~ _T_1; // @[PositDivisionSqrt.scala 80:40]
  assign sigA_S = {_T_179,_T_180,decA_fraction,3'h0}; // @[Cat.scala 29:58]
  assign _T_183 = ~ _T_90; // @[PositDivisionSqrt.scala 82:31]
  assign sigB_S = {_T_90,_T_183,decB_fraction,5'h0}; // @[Cat.scala 29:58]
  assign _T_186 = decA_isNaR == 1'h0; // @[PositDivisionSqrt.scala 85:25]
  assign invalidSqrt = _T_186 & _T_1; // @[PositDivisionSqrt.scala 85:37]
  assign _T_187 = decA_isNaR | invalidSqrt; // @[PositDivisionSqrt.scala 88:42]
  assign _T_188 = decA_isNaR | decB_isNaR; // @[PositDivisionSqrt.scala 89:42]
  assign _T_189 = _T_188 | decB_isZero; // @[PositDivisionSqrt.scala 89:56]
  assign _T_190 = decB_isZero == 1'h0; // @[PositDivisionSqrt.scala 94:46]
  assign _T_191 = decA_isZero & _T_190; // @[PositDivisionSqrt.scala 94:43]
  assign _T_192 = decB_isNaR == 1'h0; // @[PositDivisionSqrt.scala 94:62]
  assign _T_193 = _T_191 & _T_192; // @[PositDivisionSqrt.scala 94:59]
  assign specialCaseA_S = decA_isNaR | decA_isZero; // @[PositDivisionSqrt.scala 97:38]
  assign specialCaseB_S = decB_isNaR | decB_isZero; // @[PositDivisionSqrt.scala 98:38]
  assign _T_194 = specialCaseA_S == 1'h0; // @[PositDivisionSqrt.scala 99:27]
  assign _T_195 = specialCaseB_S == 1'h0; // @[PositDivisionSqrt.scala 99:46]
  assign normalCase_S_div = _T_194 & _T_195; // @[PositDivisionSqrt.scala 99:43]
  assign normalCase_S_sqrt = _T_194 & _T_81; // @[PositDivisionSqrt.scala 100:43]
  assign normalCase_S = io_sqrtOp ? normalCase_S_sqrt : normalCase_S_div; // @[PositDivisionSqrt.scala 101:30]
  assign sExpQuot_S_div = $signed(decA_scale) - $signed(decB_scale); // @[PositDivisionSqrt.scala 103:38]
  assign _T_198 = decA_scale[0]; // @[PositDivisionSqrt.scala 104:50]
  assign oddSqrt_S = io_sqrtOp & _T_198; // @[PositDivisionSqrt.scala 104:37]
  assign idle = cycleNum == 3'h0; // @[PositDivisionSqrt.scala 109:39]
  assign ready = cycleNum <= 3'h1; // @[PositDivisionSqrt.scala 110:39]
  assign entering = ready & io_inValid; // @[PositDivisionSqrt.scala 111:35]
  assign entering_normalCase = entering & normalCase_S; // @[PositDivisionSqrt.scala 112:38]
  assign _T_199 = sigX_Z[7]; // @[PositDivisionSqrt.scala 113:35]
  assign _T_200 = sigX_Z[5]; // @[PositDivisionSqrt.scala 113:58]
  assign scaleNotChange = _T_199 ^ _T_200; // @[PositDivisionSqrt.scala 113:50]
  assign _T_201 = cycleNum == 3'h3; // @[PositDivisionSqrt.scala 114:39]
  assign skipCycle2 = _T_201 & scaleNotChange; // @[PositDivisionSqrt.scala 114:48]
  assign _T_202 = idle == 1'h0; // @[PositDivisionSqrt.scala 116:8]
  assign _T_203 = _T_202 | io_inValid; // @[PositDivisionSqrt.scala 116:14]
  assign _T_204 = normalCase_S == 1'h0; // @[PositDivisionSqrt.scala 117:32]
  assign _T_205 = entering & _T_204; // @[PositDivisionSqrt.scala 117:30]
  assign _T_207 = io_sqrtOp ? 4'h6 : 4'h8; // @[PositDivisionSqrt.scala 119:26]
  assign _T_208 = entering_normalCase ? _T_207 : 4'h0; // @[PositDivisionSqrt.scala 118:20]
  assign _GEN_9 = {{3'd0}, _T_205}; // @[PositDivisionSqrt.scala 117:64]
  assign _T_209 = _GEN_9 | _T_208; // @[PositDivisionSqrt.scala 117:64]
  assign _T_211 = skipCycle2 == 1'h0; // @[PositDivisionSqrt.scala 123:30]
  assign _T_212 = _T_202 & _T_211; // @[PositDivisionSqrt.scala 123:27]
  assign _T_214 = cycleNum - 3'h1; // @[PositDivisionSqrt.scala 123:52]
  assign _T_215 = _T_212 ? _T_214 : 3'h0; // @[PositDivisionSqrt.scala 123:20]
  assign _GEN_10 = {{1'd0}, _T_215}; // @[PositDivisionSqrt.scala 122:64]
  assign _T_216 = _T_209 | _GEN_10; // @[PositDivisionSqrt.scala 122:64]
  assign _T_218 = _T_202 & skipCycle2; // @[PositDivisionSqrt.scala 124:27]
  assign _GEN_11 = {{3'd0}, _T_218}; // @[PositDivisionSqrt.scala 123:64]
  assign _T_220 = _T_216 | _GEN_11; // @[PositDivisionSqrt.scala 123:64]
  assign _GEN_0 = _T_203 ? _T_220 : {{1'd0}, cycleNum}; // @[PositDivisionSqrt.scala 116:29]
  assign _T_221 = decA_scale[7:1]; // @[PositDivisionSqrt.scala 134:42]
  assign _T_223 = io_sqrtOp == 1'h0; // @[PositDivisionSqrt.scala 137:31]
  assign _T_224 = entering_normalCase & _T_223; // @[PositDivisionSqrt.scala 137:28]
  assign _T_225 = 8'h1 << cycleNum; // @[PositDivisionSqrt.scala 146:22]
  assign _T_226 = _T_225[7:2]; // @[PositDivisionSqrt.scala 146:35]
  assign _T_227 = oddSqrt_S == 1'h0; // @[PositDivisionSqrt.scala 148:26]
  assign _T_228 = ready & _T_227; // @[PositDivisionSqrt.scala 148:23]
  assign _T_229 = _T_228 ? sigA_S : 8'h0; // @[PositDivisionSqrt.scala 148:16]
  assign _T_230 = ready & oddSqrt_S; // @[PositDivisionSqrt.scala 149:23]
  assign _T_231 = {sigA_S, 1'h0}; // @[PositDivisionSqrt.scala 149:46]
  assign _T_232 = _T_231[7:0]; // @[PositDivisionSqrt.scala 149:56]
  assign _T_233 = _T_230 ? _T_232 : 8'h0; // @[PositDivisionSqrt.scala 149:16]
  assign _T_234 = _T_229 | _T_233; // @[PositDivisionSqrt.scala 148:66]
  assign _T_235 = ready == 1'h0; // @[PositDivisionSqrt.scala 150:17]
  assign _T_236 = _T_235 ? rem_Z : 8'h0; // @[PositDivisionSqrt.scala 150:16]
  assign rem = _T_234 | _T_236; // @[PositDivisionSqrt.scala 149:66]
  assign _T_238 = ready & _T_223; // @[PositDivisionSqrt.scala 152:29]
  assign _T_239 = _T_238 ? sigB_S : 8'h0; // @[PositDivisionSqrt.scala 152:22]
  assign _T_240 = ready & io_sqrtOp; // @[PositDivisionSqrt.scala 153:29]
  assign _T_241 = _T_240 ? 5'h10 : 5'h0; // @[PositDivisionSqrt.scala 153:22]
  assign _GEN_12 = {{3'd0}, _T_241}; // @[PositDivisionSqrt.scala 152:93]
  assign _T_242 = _T_239 | _GEN_12; // @[PositDivisionSqrt.scala 152:93]
  assign _T_244 = sqrtOp_Z == 1'h0; // @[PositDivisionSqrt.scala 154:33]
  assign _T_245 = _T_235 & _T_244; // @[PositDivisionSqrt.scala 154:30]
  assign _T_246 = ~ signB_Z; // @[PositDivisionSqrt.scala 154:57]
  assign _T_249 = {signB_Z,_T_246,fractB_Z,5'h0}; // @[Cat.scala 29:58]
  assign _T_250 = _T_245 ? _T_249 : 8'h0; // @[PositDivisionSqrt.scala 154:22]
  assign _T_251 = _T_242 | _T_250; // @[PositDivisionSqrt.scala 153:93]
  assign _T_253 = _T_235 & sqrtOp_Z; // @[PositDivisionSqrt.scala 155:30]
  assign _T_254 = rem[7:7]; // @[PositDivisionSqrt.scala 156:83]
  assign _T_256 = _T_254 ? 4'hf : 4'h0; // @[Bitwise.scala 71:12]
  assign bitMask = {{1'd0}, _T_226}; // @[PositDivisionSqrt.scala 145:21 PositDivisionSqrt.scala 146:14]
  assign _GEN_13 = {{3'd0}, _T_256}; // @[PositDivisionSqrt.scala 156:53]
  assign _T_257 = bitMask & _GEN_13; // @[PositDivisionSqrt.scala 156:53]
  assign _GEN_14 = {{1'd0}, _T_257}; // @[PositDivisionSqrt.scala 155:51]
  assign _T_258 = sigX_Z | _GEN_14; // @[PositDivisionSqrt.scala 155:51]
  assign _T_259 = bitMask[6:1]; // @[PositDivisionSqrt.scala 157:53]
  assign _GEN_15 = {{2'd0}, _T_259}; // @[PositDivisionSqrt.scala 156:89]
  assign _T_260 = _T_258 | _GEN_15; // @[PositDivisionSqrt.scala 156:89]
  assign _T_261 = _T_253 ? _T_260 : 8'h0; // @[PositDivisionSqrt.scala 155:22]
  assign trialTerm = _T_251 | _T_261; // @[PositDivisionSqrt.scala 154:93]
  assign _T_263 = trialTerm[7:7]; // @[PositDivisionSqrt.scala 162:56]
  assign _T_264 = _T_254 ^ _T_263; // @[PositDivisionSqrt.scala 162:40]
  assign _T_267 = rem + trialTerm; // @[PositDivisionSqrt.scala 163:97]
  assign _T_269 = rem - trialTerm; // @[PositDivisionSqrt.scala 164:97]
  assign _T_270 = _T_264 ? _T_267 : _T_269; // @[PositDivisionSqrt.scala 161:92]
  assign _T_275 = {rem, 1'h0}; // @[PositDivisionSqrt.scala 168:98]
  assign _T_276 = _T_275[7:0]; // @[PositDivisionSqrt.scala 168:108]
  assign _T_278 = _T_276 + trialTerm; // @[PositDivisionSqrt.scala 168:112]
  assign _T_282 = _T_276 - trialTerm; // @[PositDivisionSqrt.scala 169:112]
  assign _T_283 = _T_264 ? _T_278 : _T_282; // @[PositDivisionSqrt.scala 166:26]
  assign trialRem = ready ? _T_270 : _T_283; // @[PositDivisionSqrt.scala 159:27]
  assign _T_284 = trialRem != 8'h0; // @[PositDivisionSqrt.scala 173:35]
  assign trIsZero = _T_284 == 1'h0; // @[PositDivisionSqrt.scala 173:25]
  assign _T_285 = rem != 8'h0; // @[PositDivisionSqrt.scala 174:30]
  assign remIsZero = _T_285 == 1'h0; // @[PositDivisionSqrt.scala 174:25]
  assign _T_287 = trialRem[7:7]; // @[PositDivisionSqrt.scala 176:64]
  assign _T_288 = _T_263 ^ _T_287; // @[PositDivisionSqrt.scala 176:49]
  assign _T_289 = ~ _T_288; // @[PositDivisionSqrt.scala 176:29]
  assign _T_290 = sigX_Z[7:7]; // @[PositDivisionSqrt.scala 178:61]
  assign _T_291 = ~ _T_290; // @[PositDivisionSqrt.scala 178:49]
  assign _T_293 = remIsZero ? _T_290 : _T_289; // @[Mux.scala 87:16]
  assign newBit = trIsZero ? _T_291 : _T_293; // @[Mux.scala 87:16]
  assign _T_294 = cycleNum > 3'h2; // @[PositDivisionSqrt.scala 183:41]
  assign _T_295 = remIsZero == 1'h0; // @[PositDivisionSqrt.scala 183:51]
  assign _T_296 = _T_294 & _T_295; // @[PositDivisionSqrt.scala 183:48]
  assign _T_297 = entering_normalCase | _T_296; // @[PositDivisionSqrt.scala 183:28]
  assign _T_300 = _T_235 & newBit; // @[PositDivisionSqrt.scala 187:39]
  assign _T_301 = entering_normalCase | _T_300; // @[PositDivisionSqrt.scala 187:28]
  assign _T_304 = {newBit, 7'h0}; // @[PositDivisionSqrt.scala 188:47]
  assign _T_305 = _T_238 ? _T_304 : 8'h0; // @[PositDivisionSqrt.scala 188:18]
  assign _T_307 = _T_240 ? 6'h20 : 6'h0; // @[PositDivisionSqrt.scala 189:18]
  assign _GEN_16 = {{2'd0}, _T_307}; // @[PositDivisionSqrt.scala 188:78]
  assign _T_308 = _T_305 | _GEN_16; // @[PositDivisionSqrt.scala 188:78]
  assign _GEN_17 = {{1'd0}, bitMask}; // @[PositDivisionSqrt.scala 190:47]
  assign _T_310 = sigX_Z | _GEN_17; // @[PositDivisionSqrt.scala 190:47]
  assign _T_311 = _T_235 ? _T_310 : 8'h0; // @[PositDivisionSqrt.scala 190:18]
  assign _T_312 = _T_308 | _T_311; // @[PositDivisionSqrt.scala 189:78]
  assign _T_314 = {_T_290, 1'h0}; // @[PositDivisionSqrt.scala 196:53]
  assign sigXBias = scaleNotChange ? _T_314 : {{1'd0}, _T_290}; // @[PositDivisionSqrt.scala 196:21]
  assign _GEN_18 = {{6'd0}, sigXBias}; // @[PositDivisionSqrt.scala 197:25]
  assign realSigX = sigX_Z + _GEN_18; // @[PositDivisionSqrt.scala 197:25]
  assign _T_317 = realSigX[4]; // @[PositDivisionSqrt.scala 200:97]
  assign _T_318 = realSigX[3]; // @[PositDivisionSqrt.scala 201:97]
  assign realFrac = scaleNotChange ? _T_317 : _T_318; // @[PositDivisionSqrt.scala 198:21]
  assign _T_319 = realSigX[7]; // @[PositDivisionSqrt.scala 205:33]
  assign _T_320 = realSigX[5]; // @[PositDivisionSqrt.scala 205:58]
  assign _T_321 = _T_319 ^ _T_320; // @[PositDivisionSqrt.scala 205:48]
  assign scaleNeedSub = ~ _T_321; // @[PositDivisionSqrt.scala 205:23]
  assign notNeedSubTwo = _T_319 ^ _T_317; // @[PositDivisionSqrt.scala 206:46]
  assign scaleSubOne = scaleNeedSub & notNeedSubTwo; // @[PositDivisionSqrt.scala 207:36]
  assign _T_324 = ~ notNeedSubTwo; // @[PositDivisionSqrt.scala 208:38]
  assign scaleSubTwo = scaleNeedSub & _T_324; // @[PositDivisionSqrt.scala 208:36]
  assign _T_325 = {scaleSubTwo,scaleSubOne}; // @[Cat.scala 29:58]
  assign _T_326 = {1'b0,$signed(_T_325)}; // @[PositDivisionSqrt.scala 209:63]
  assign _GEN_19 = {{6{_T_326[2]}},_T_326}; // @[PositDivisionSqrt.scala 209:31]
  assign _T_328 = $signed(scale_Z) - $signed(_GEN_19); // @[PositDivisionSqrt.scala 209:31]
  assign realExp = $signed(_T_328); // @[PositDivisionSqrt.scala 209:31]
  assign underflow = $signed(realExp) < $signed(-9'sh61); // @[PositDivisionSqrt.scala 210:31]
  assign overflow = $signed(realExp) > $signed(9'sh60); // @[PositDivisionSqrt.scala 211:31]
  assign decQ_sign = realSigX[7:7]; // @[PositDivisionSqrt.scala 215:33]
  assign _T_330 = underflow ? $signed(-9'sh61) : $signed(realExp); // @[Mux.scala 87:16]
  assign _T_331 = overflow ? $signed(9'sh60) : $signed(_T_330); // @[Mux.scala 87:16]
  assign _T_332 = realSigX[3:1]; // @[PositDivisionSqrt.scala 224:48]
  assign _T_333 = realSigX[2:0]; // @[PositDivisionSqrt.scala 224:64]
  assign decQ_grs = scaleNotChange ? _T_332 : _T_333; // @[PositDivisionSqrt.scala 224:23]
  assign outValid = cycleNum == 3'h1; // @[PositDivisionSqrt.scala 229:28]
  assign _GEN_20 = _T_331[7:0]; // @[PositDivisionSqrt.scala 204:27 PositDivisionSqrt.scala 216:23]
  assign decQ_scale = $signed(_GEN_20); // @[PositDivisionSqrt.scala 204:27 PositDivisionSqrt.scala 216:23]
  assign _T_339 = decQ_scale[3:0]; // @[convert.scala 46:61]
  assign _T_340 = ~ _T_339; // @[convert.scala 46:52]
  assign _T_342 = decQ_sign ? _T_340 : _T_339; // @[convert.scala 46:42]
  assign _T_343 = decQ_scale[7:4]; // @[convert.scala 48:34]
  assign _T_344 = _T_343[3:3]; // @[convert.scala 49:36]
  assign _T_346 = ~ _T_343; // @[convert.scala 50:36]
  assign _T_347 = $signed(_T_346); // @[convert.scala 50:36]
  assign _T_348 = _T_344 ? $signed(_T_347) : $signed(_T_343); // @[convert.scala 50:28]
  assign _T_349 = _T_344 ^ decQ_sign; // @[convert.scala 51:31]
  assign _T_350 = ~ _T_349; // @[convert.scala 52:43]
  assign _T_354 = {_T_350,_T_349,_T_342,realFrac,decQ_grs}; // @[Cat.scala 29:58]
  assign _T_355 = $unsigned(_T_348); // @[Shift.scala 39:17]
  assign _T_356 = _T_355 < 4'ha; // @[Shift.scala 39:24]
  assign _T_358 = _T_354[9:8]; // @[Shift.scala 90:30]
  assign _T_359 = _T_354[7:0]; // @[Shift.scala 90:48]
  assign _T_360 = _T_359 != 8'h0; // @[Shift.scala 90:57]
  assign _GEN_21 = {{1'd0}, _T_360}; // @[Shift.scala 90:39]
  assign _T_361 = _T_358 | _GEN_21; // @[Shift.scala 90:39]
  assign _T_362 = _T_355[3]; // @[Shift.scala 12:21]
  assign _T_363 = _T_354[9]; // @[Shift.scala 12:21]
  assign _T_365 = _T_363 ? 8'hff : 8'h0; // @[Bitwise.scala 71:12]
  assign _T_366 = {_T_365,_T_361}; // @[Cat.scala 29:58]
  assign _T_367 = _T_362 ? _T_366 : _T_354; // @[Shift.scala 91:22]
  assign _T_368 = _T_355[2:0]; // @[Shift.scala 92:77]
  assign _T_369 = _T_367[9:4]; // @[Shift.scala 90:30]
  assign _T_370 = _T_367[3:0]; // @[Shift.scala 90:48]
  assign _T_371 = _T_370 != 4'h0; // @[Shift.scala 90:57]
  assign _GEN_22 = {{5'd0}, _T_371}; // @[Shift.scala 90:39]
  assign _T_372 = _T_369 | _GEN_22; // @[Shift.scala 90:39]
  assign _T_373 = _T_368[2]; // @[Shift.scala 12:21]
  assign _T_374 = _T_367[9]; // @[Shift.scala 12:21]
  assign _T_376 = _T_374 ? 4'hf : 4'h0; // @[Bitwise.scala 71:12]
  assign _T_377 = {_T_376,_T_372}; // @[Cat.scala 29:58]
  assign _T_378 = _T_373 ? _T_377 : _T_367; // @[Shift.scala 91:22]
  assign _T_379 = _T_368[1:0]; // @[Shift.scala 92:77]
  assign _T_380 = _T_378[9:2]; // @[Shift.scala 90:30]
  assign _T_381 = _T_378[1:0]; // @[Shift.scala 90:48]
  assign _T_382 = _T_381 != 2'h0; // @[Shift.scala 90:57]
  assign _GEN_23 = {{7'd0}, _T_382}; // @[Shift.scala 90:39]
  assign _T_383 = _T_380 | _GEN_23; // @[Shift.scala 90:39]
  assign _T_384 = _T_379[1]; // @[Shift.scala 12:21]
  assign _T_385 = _T_378[9]; // @[Shift.scala 12:21]
  assign _T_387 = _T_385 ? 2'h3 : 2'h0; // @[Bitwise.scala 71:12]
  assign _T_388 = {_T_387,_T_383}; // @[Cat.scala 29:58]
  assign _T_389 = _T_384 ? _T_388 : _T_378; // @[Shift.scala 91:22]
  assign _T_390 = _T_379[0:0]; // @[Shift.scala 92:77]
  assign _T_391 = _T_389[9:1]; // @[Shift.scala 90:30]
  assign _T_392 = _T_389[0:0]; // @[Shift.scala 90:48]
  assign _GEN_24 = {{8'd0}, _T_392}; // @[Shift.scala 90:39]
  assign _T_394 = _T_391 | _GEN_24; // @[Shift.scala 90:39]
  assign _T_396 = _T_389[9]; // @[Shift.scala 12:21]
  assign _T_397 = {_T_396,_T_394}; // @[Cat.scala 29:58]
  assign _T_398 = _T_390 ? _T_397 : _T_389; // @[Shift.scala 91:22]
  assign _T_401 = _T_363 ? 10'h3ff : 10'h0; // @[Bitwise.scala 71:12]
  assign _T_402 = _T_356 ? _T_398 : _T_401; // @[Shift.scala 39:10]
  assign _T_403 = _T_402[3]; // @[convert.scala 55:31]
  assign _T_404 = _T_402[2]; // @[convert.scala 56:31]
  assign _T_405 = _T_402[1]; // @[convert.scala 57:31]
  assign _T_406 = _T_402[0]; // @[convert.scala 58:31]
  assign _T_407 = _T_402[9:3]; // @[convert.scala 59:69]
  assign _T_408 = _T_407 != 7'h0; // @[convert.scala 59:81]
  assign _T_409 = ~ _T_408; // @[convert.scala 59:50]
  assign _T_411 = _T_407 == 7'h7f; // @[convert.scala 60:81]
  assign _T_412 = _T_403 | _T_405; // @[convert.scala 61:44]
  assign _T_413 = _T_412 | _T_406; // @[convert.scala 61:52]
  assign _T_414 = _T_404 & _T_413; // @[convert.scala 61:36]
  assign _T_415 = ~ _T_411; // @[convert.scala 62:63]
  assign _T_416 = _T_415 & _T_414; // @[convert.scala 62:103]
  assign _T_417 = _T_409 | _T_416; // @[convert.scala 62:60]
  assign _GEN_25 = {{6'd0}, _T_417}; // @[convert.scala 63:56]
  assign _T_420 = _T_407 + _GEN_25; // @[convert.scala 63:56]
  assign _T_421 = {decQ_sign,_T_420}; // @[Cat.scala 29:58]
  assign _T_423 = isZero_Z ? 8'h0 : _T_421; // @[Mux.scala 87:16]
  assign io_inReady = cycleNum <= 3'h1; // @[PositDivisionSqrt.scala 231:17]
  assign io_diviValid = outValid & _T_244; // @[PositDivisionSqrt.scala 232:17]
  assign io_sqrtValid = outValid & sqrtOp_Z; // @[PositDivisionSqrt.scala 233:17]
  assign io_invalidExc = isNaR_Z; // @[PositDivisionSqrt.scala 234:17]
  assign io_Q = isNaR_Z ? 8'h80 : _T_423; // @[PositDivisionSqrt.scala 235:17]
`ifdef RANDOMIZE_GARBAGE_ASSIGN
`define RANDOMIZE
`endif
`ifdef RANDOMIZE_INVALID_ASSIGN
`define RANDOMIZE
`endif
`ifdef RANDOMIZE_REG_INIT
`define RANDOMIZE
`endif
`ifdef RANDOMIZE_MEM_INIT
`define RANDOMIZE
`endif
`ifndef RANDOM
`define RANDOM $random
`endif
`ifdef RANDOMIZE_MEM_INIT
  integer initvar;
`endif
initial begin
  `ifdef RANDOMIZE
    `ifdef INIT_RANDOM
      `INIT_RANDOM
    `endif
    `ifndef VERILATOR
      `ifdef RANDOMIZE_DELAY
        #`RANDOMIZE_DELAY begin end
      `else
        #0.002 begin end
      `endif
    `endif
  `ifdef RANDOMIZE_REG_INIT
  _RAND_0 = {1{`RANDOM}};
  cycleNum = _RAND_0[2:0];
  `endif // RANDOMIZE_REG_INIT
  `ifdef RANDOMIZE_REG_INIT
  _RAND_1 = {1{`RANDOM}};
  sqrtOp_Z = _RAND_1[0:0];
  `endif // RANDOMIZE_REG_INIT
  `ifdef RANDOMIZE_REG_INIT
  _RAND_2 = {1{`RANDOM}};
  isNaR_Z = _RAND_2[0:0];
  `endif // RANDOMIZE_REG_INIT
  `ifdef RANDOMIZE_REG_INIT
  _RAND_3 = {1{`RANDOM}};
  isZero_Z = _RAND_3[0:0];
  `endif // RANDOMIZE_REG_INIT
  `ifdef RANDOMIZE_REG_INIT
  _RAND_4 = {1{`RANDOM}};
  scale_Z = _RAND_4[8:0];
  `endif // RANDOMIZE_REG_INIT
  `ifdef RANDOMIZE_REG_INIT
  _RAND_5 = {1{`RANDOM}};
  signB_Z = _RAND_5[0:0];
  `endif // RANDOMIZE_REG_INIT
  `ifdef RANDOMIZE_REG_INIT
  _RAND_6 = {1{`RANDOM}};
  fractB_Z = _RAND_6[0:0];
  `endif // RANDOMIZE_REG_INIT
  `ifdef RANDOMIZE_REG_INIT
  _RAND_7 = {1{`RANDOM}};
  rem_Z = _RAND_7[7:0];
  `endif // RANDOMIZE_REG_INIT
  `ifdef RANDOMIZE_REG_INIT
  _RAND_8 = {1{`RANDOM}};
  sigX_Z = _RAND_8[7:0];
  `endif // RANDOMIZE_REG_INIT
  `endif // RANDOMIZE
end
  always @(posedge clock) begin
    if (reset) begin
      cycleNum <= 3'h0;
    end else begin
      cycleNum <= _GEN_0[2:0];
    end
    if (entering) begin
      sqrtOp_Z <= io_sqrtOp;
    end
    if (entering) begin
      if (io_sqrtOp) begin
        isNaR_Z <= _T_187;
      end else begin
        isNaR_Z <= _T_189;
      end
    end
    if (entering) begin
      if (io_sqrtOp) begin
        isZero_Z <= decA_isZero;
      end else begin
        isZero_Z <= _T_193;
      end
    end
    if (entering_normalCase) begin
      if (io_sqrtOp) begin
        scale_Z <= {{2{_T_221[6]}},_T_221};
      end else begin
        scale_Z <= sExpQuot_S_div;
      end
    end
    if (_T_224) begin
      signB_Z <= _T_90;
    end
    if (_T_224) begin
      fractB_Z <= decB_fraction;
    end
    if (_T_297) begin
      if (ready) begin
        if (_T_264) begin
          rem_Z <= _T_267;
        end else begin
          rem_Z <= _T_269;
        end
      end else begin
        if (_T_264) begin
          rem_Z <= _T_278;
        end else begin
          rem_Z <= _T_282;
        end
      end
    end
    if (_T_301) begin
      sigX_Z <= _T_312;
    end
  end
endmodule